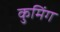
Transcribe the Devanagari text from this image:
कुमिंग